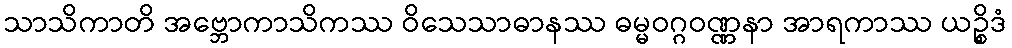
သာသိကာတိ အဗ္ဘောကာသိကဿ ဝိသေသာဓာနဿ ဓမ္မဝဂ္ဂဝဏ္ဏနာ အာရကာဿ ယဉ္စိဒံ